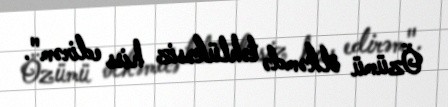
Özümü ölkəmdə təhlükəsiz hiss edirəm".